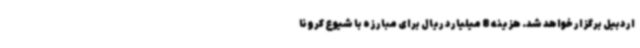
اردبیل برگزار خواهد شد. هزینه 8 میلیارد ریال برای مبارزه با شیوع کرونا